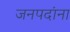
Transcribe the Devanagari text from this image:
जनपदांना